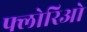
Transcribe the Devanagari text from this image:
फ्लोरिओ